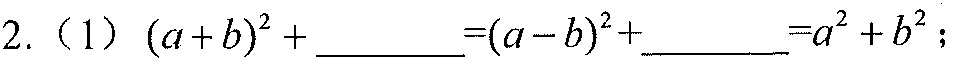
2.（1）\((a + b)^{2}+\underline{\ \ \ \ \ \ \ }=(a - b)^{2}+\underline{\ \ \ \ \ \ \ }=a^{2}+b^{2}\)；